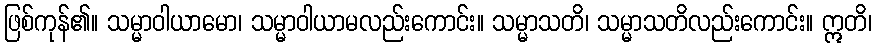
ဖြစ်ကုန်၏။ သမ္မာဝါယာမော၊ သမ္မာဝါယာမလည်းကောင်း။ သမ္မာသတိ၊ သမ္မာသတိလည်းကောင်း။ ဣတိ၊